Report of the Indian Hemp Drugs Commission, 1894-1895 - Volume VI
Year: 1894
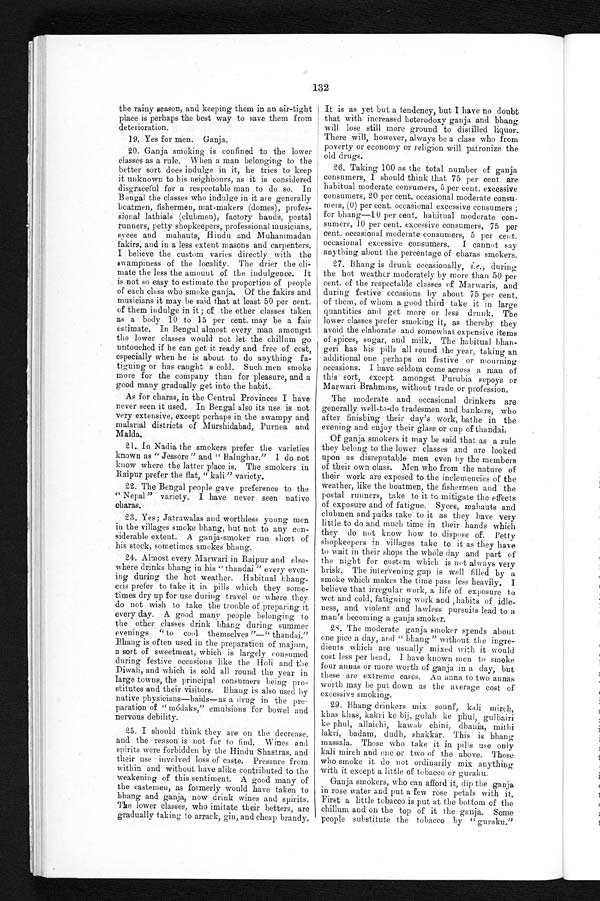
the rainy season, and keeping them in an air-tight
place is perhaps the best way to save them from
deterioration.
19. Yes for men. Ganja.
20. Ganja smoking is confined to the lower
classes as a rule. When a man belonging to the
better sort does indulge in it, he tries to keep
it unknown to his neighbours, as it is considered
disgraceful for a respectable man to do so. In
Bengal the classes who indulge in it are generally
boatmen, fishermen, mat-makers (domes), profes
-sional lathials (clubmen), factory hands, postal
runners, petty shopkeepers, professional musicians,
syces and mahauts, Hindu and Muhammadan
fakirs, and in a less extent masons and carpenters.
I believe the custom varies directly with the
swampiness of the locality. The drier the cli
- m a t e t h e l e s s t h e a m o u n t o f t h e i n d u l g e n c e . I t
is not so easy to estimate the proportion of people
of each class who smoke ganja. Of the fakirs and
mus i c i a ns i t ma y be s a i d t ha t a t l e a s t 50 pe r c e nt .
of them indulge in it; of the other classes taken
as a body 10 to 15 per cent. may be a fair
estimate. In Bengal almost every man amongst
the lower classes would not let the chillum go
untouched if he can get it ready and free of cost,
especially when he is about to do anything fa
-tiguing or has caught a cold. Such men smoke
more for the company than for pleasure, and a
good many gradually get into the habit.
It is as yet but a tendency, but I have no doubt
that with increased heterodoxy ganja and bhang
will lose still more ground to distilled liquor.
There will, however, always be a class who from
poverty or economy or religion will patronize the
old drugs.
Taking 100 as the total number of ganja
consumers, 1 should think that 75 per cent. are
habitual moderate consumers, 5 per cent. excessive
consumers, 20 per cent, occasional moderate consu•
mers, (0) per cent. occasional excessive consumers ;
for bhang-10 per cent. habitual moderate con-
sumers, 10 per cent. excessive consumers, 75 per
cent. occasional moderate consumers, 5 per cent.
occasional excessive consumers. I cannot say
anything about the percentage of charas smokers.
Bhang is drunk occasionally, i.e., during
the hot weather moderately by more than 50 per
cent. of the respectable classes of Marwaris, and
during festive occasions by about 75 per cent.
of them, of whom a good third take it in large
quantities and get more or less drunk. The
lower classes prefer smoking it, as thereby they
avoid the elaborate and somewhat expensive items
of spices, sugar, and milk. The habitual bhan-
geri has his pills all round the year, taking an
additional one perhaps on festive or mourning
occasions. 1 have seldom come across a man of
this sort, except amongst Purubia sepoys or
Marwari Brahmins, without trade or profession.
As for charas, in the Central Provinces I have The moderate and occasional drinkers are
never seen it used. In Bengal also its use is not generally well-to-do tradesmen and bankers, who
very extensive, except perhaps in the swampy and after finishing their day's work, bathe in the
malarial districts of Murshidabad, Purnea and evening and enjoy their glass or cup of thandai.
Malda.
21.. In Nadia the smokers prefer the varieties
known as " Jessore " and " Balughar." I do not
know where the latter place is. The smokers in
Raipur prefer the fiat, " kali" variety.
The Bengal people gave preference to the
" Nepal " variety. I have never seen native
charas.
Yes; Jatrawalas and worthless young men
in the villages smoke bhang, but not to any con-
siderable extent. A ganja-smoker run short of
his stock, sometimes smokes bhang.
Almost every Marwari in Raipur and else-
where drinks bhang in his " thandai " every even-
ing during the hot weather. H abitual Lb ang-
eris prefer to take it in pills which they some-
times dry up for use during travel or where they
do not wish to take the trouble of preparing it
every day. A good many people belonging to
the other classes drink bhang during summer
evenings " to cool themselves "----" thandai."
Bhang is often used in the preparation of majum,
a sort of sweetmeat, which is largely consumed
during festive occasions like the Holi and Cie
Diwali, and which is sold all round the year in
large towns, the principal consumers being pro-
stitutes and their visitors. Bharig is also used by
native physicians—baids—as a drug in the pre-
paration of " m6daks," emulsions for bowel and
nervous debility.
I should think they are on the decrease,
and the reason is not far to find. Wines and
spirits were forbidden by the Hindu Shastras, and
their use involved loss of caste. Pressure from
within and without have alike contributed to the
weakening of this sentiment. A good many of
the castpmeu , as formerly would have taken to
bhang and ganja, now drink wines and spirits.
The lower classes, who imitate their betters, are
gradually taking to arrack, gin, and cheap brandy.
Of ganja smokers it may be said that as a rule
they belong to the lower classes and are looked
upon as disreputable men even by the members
of their own class. Men who from the nature of
their work are exposed to the inclemencies of the
weather, like the boatmen, the fishermen and the
postal runners, take to it to mitigate the effects
of exposure and of fatigue. Syces, mahants and
clubmen and paiks take to it as they have very
little to do and much time in their hands which
they do not know how to dispose of. Petty
shopkeepers in villages take to it as they have
to wait in their shops the whole day and part of
the night for custom which is not always very
brisk. The intervening gap is well filled by a
smoke which makes the time pass less heavily. I
believe that irregular work, a life of exposure t o
wet and cold, fatiguing work and ihabits of idle-
ness, and violent and lawless pursuits lead to a
man's becoming a ganja smoker.
2s. The moderate ganja smoker spends about
one pice a day, and " bhang" without the ingre-
dients which are usually mixed with it would
cost less per head. I have known men to smoke
four annas or more worth of ganja in a day, but
these are extreme cases. An anna to two annas
worth may be put, down as the average cost of
excessive smoking.
29. Bhang drinkers mix sounf, k Ali niirch,
khas khas, kakri ke gulab ke phul, gulbairi
ke phul, allaichi, kawab chini, dbania, mithi
lakri, badam, cludh, shakkar. This is bhang
massala. Those who take it in pills use only
kali mirth and one or two of the above. Those
who smoke it do not ordinarily mix anything
with it except a little of tobacco or guraku.
Ganja smokers, who can afford it, dip the ganja
in rose-water and put a few—mse petals with it.
First a little tobacco is put at the bottom of the
chillum and on the top of it the ganja. Some
people substitute the tobacco by " guraku."